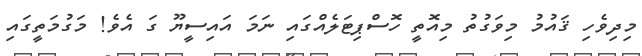
މިދިވެހި ޤައުމު މިވަގުތު މިއޮތީ ހޮސްޕިޓަލެއްގައި ނަމަ އައިސީޔޫ ގަ އެވެ! މަގުމަތީގައި